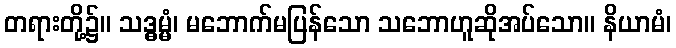
တရားတို့၌။ သဒ္ဓမ္မံ၊ မဘောက်မပြန်သော သဘောဟူဆိုအပ်သော။ နိယာမံ၊